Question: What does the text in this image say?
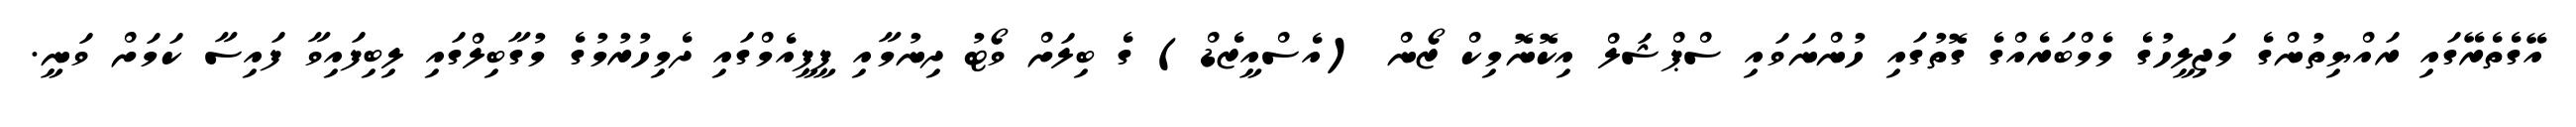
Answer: އޭގެތެރޭގައި ރައްޔިތުންގެ މަޖިލީހުގެ މެމްބަރެއްގެ ގޮތުގައި ހުންނަވައި ސްޕްޝަލް އިކޮނޮމިކް ޒޯން (އެސްއީޒެޑް) ގެ ބިލަށް ވޯޓު ދިނުމާއި ޕީޕީއެމްގައި ދެމިހުރުމުގެ މުގާބިލްގައި ލިބިފައިވާ ފައިސާ ކަމަށް ވަނީ.